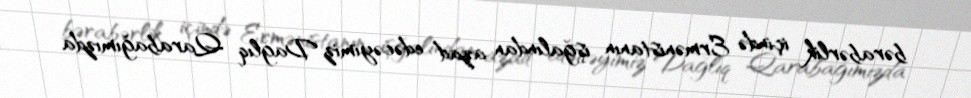
bərabərlik içində Ermənistanın işğalından azad edəcəyimiz Dağlıq Qarabağımızda